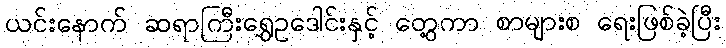
ယင်းနောက် ဆရာကြီးရွှေဥဒေါင်းနှင့် တွေ့ကာ စာများစ ရေးဖြစ်ခဲ့ပြီး